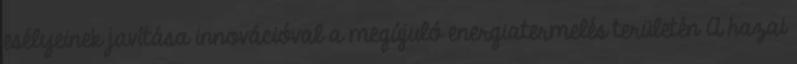
esélyeinek javítása innovációval a megújuló energiatermelés területén A hazai